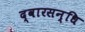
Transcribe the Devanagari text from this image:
द्वारसन्धि